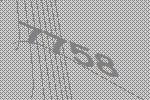
7758